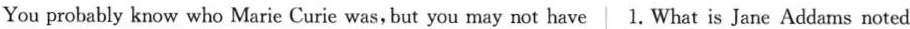
You probably know who Marie Curie was, but you may not have 1.